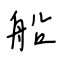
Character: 船